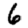
Digit: 6